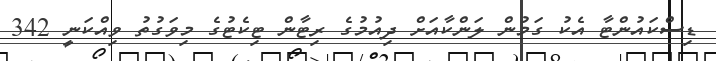
ޑިސްކައުންޓާ އެކު ގަމުން ލަންކާއަށް ދިއުމުގެ ރިޓާން ޓިކެޓުގެ މިވަގުތު ވިއްކަނީ 342